Vaccination report Assam 1896-1927 - 1896-1927
Year: 1896
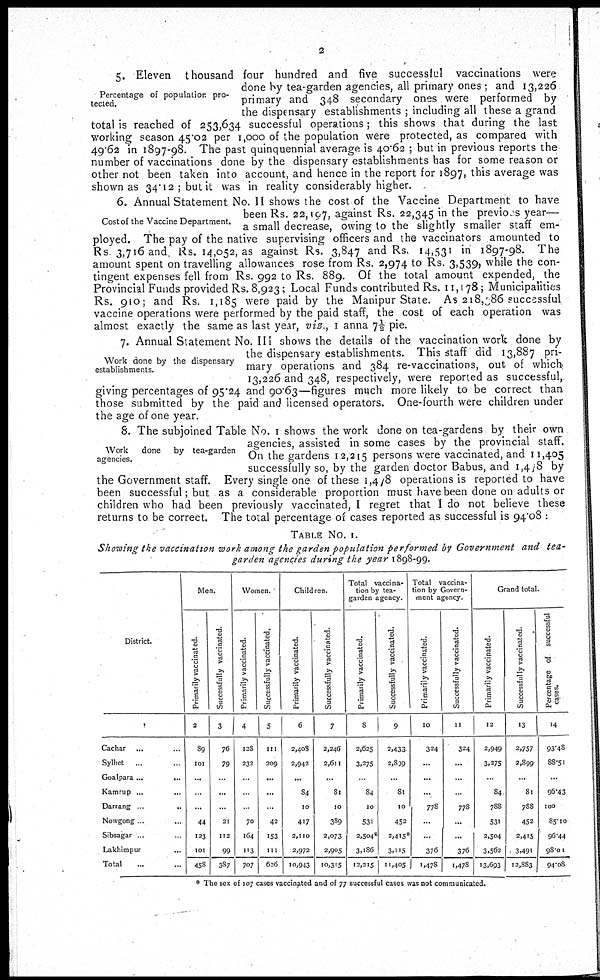
2
Percentage of population pro-
tected.
5. Eleven thousand four hundred and five successful vaccinations were
done by tea-garden agencies, all primary ones ; and 13,226
primary and 348 secondary ones were performed by
the dispensary establishments; including all these a grand
total is reached of 253,634 successful operations; this shows that during the last
working season 45.02 per 1,000 of the population were protected, as compared with
49.62 in 1897-98. The past quinquennial average is 40.62 ; but in previous reports the
number of vaccinations done by the dispensary establishments has for some reason or
other not been taken into account, and hence in the report for 1897, this average was
shown as 34.12; but it was in reality considerably higher.
Cost of the Vaccine Department.
6. Annual Statement No. II shows the cost of the Vaccine Department to have
been Rs. 22,197, against Rs. 22,345 in the previous year—
a small decrease, owing to the slightly smaller staff em-
ployed. The pay of the native supervising officers and the vaccinators amounted to
Rs 3,716 and Rs. 14,052, as against Rs. 3,847 and Rs. 14,531 in 1897-98. The
amount spent on travelling allowances rose from Rs. 2,974 to Rs. 3,539, while the con-
tingent expenses fell from Rs. 992 to Rs. 889. Of the total amount expended, the
Provincial Funds provided Rs. 8,923; Local Funds contributed Rs. 11,178; Municipalities
Rs. 910; and Rs. 1,185 were paid by the Manipur State. As 218,386 successful
vaccine operations were performed by the paid staff, the cost of each operation was
almost exactly the same as last year, viz.. 1 anna 7½ pie.
Work done by the dispensary
establishments.
7. Annual Statement No. III shows the details of the vaccination work done by
the dispensary establishments. This staff did 13,887 pri-
mary operations and 384 re-vaccinations, out of which
13,226 and 348, respectively, were reported as successful,
giving percentages of 95.24 and 90.63—figures much more likely to be correct than
those submitted by the paid and licensed operators. One-fourth were children under
the age of one year.
Work
done
by tea-garden
agencies.
8. The subjoined Table No. I shows the work done on tea-gardens by their own
agencies, assisted in some cases by the provincial staff .
On the gardens 12,215 persons were vaccinated, and 11,405
successfully so, by the garden doctor Babus, and 1,478 by
the Government staff. Every single one of these 1,4/8 operations is reported to have
been successful; but as a considerable proportion must have been done on adults or
children who had been previously vaccinated, I regret that I do not believe these
returns to be correct. The total percentage of cases reported as successful is 94.08 :
TABLE No. I.
Showing the vaccination work among the garden population performed by Government and tea-
garden agencies during the year 1898-99.
District.
1
Cachar... ...
Sylhet... ...
Goalpara...
...
Kamrup... ...
Darrang..
..
Nowgong... ...
Sibsagar... ...
Lakhimpur... ...
Total... ...
Men.
Primarily vaccinated.
2
89
101
...
...
...
44
123
101
458
Successfully vaccinated.
3
76
79
...
...
...
21
112
99
387
Women.
Primarily vaccinated.
4
128
232
...
...
...
70
164
113
707
Successfully vaccinated,
5
111
209
...
...
...
42
153
111
626
Children.
Primarily vaccinated.
6
2,408
2,942
...
84
10
417
2,110
2,972
10,943
Successfully vaccinated.
7
2,246
2,611
...
81
10
389
2,073
2,905
10,315
Total vaccina-
tion by tea-
garden agency.
Primarily vaccinated.
8
2,625
3,275
..
84
10
531
2,504*
3,186
12,215
Successfully vaccinated.
9
2,433
2,899
...
81
10
452
2,415*
3,115
11,405
Total vaccina-
tion by Govern-
ment agency.
Primarily vaccinated.
10
324
...
...
...
778
...
...
376
1,478
Successfully vaccinated.
11
324
...
...
...
778
...
...
376
1,478
Grand total.
Primarily vaccinated.
12
2,949
3,275
...
84
788
531
2,504
3,562
13,693
Successfully vaccinated.
13
2,757
2,899
...
81
788
452
2,415
3,491
12,883
Percentage of successful
cases.
14
93.48
88.51
...
96.43
100
85.10
96.44
98.01
94.08
* The sex of 107 cases vaccinated and of 77 successful cases was not communicated.